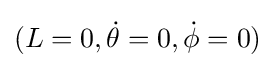
(L=0,{\dot {\theta }}=0,{\dot {\phi }}=0)